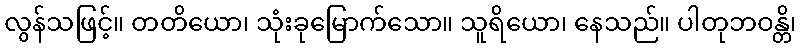
လွန်သဖြင့်။ တတိယော၊ သုံးခုမြောက်သော။ သူရိယော၊ နေသည်။ ပါတုဘဝန္တိ၊